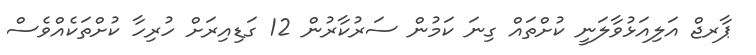
ޕާރޖް އަލިއަޅުވާލަނީ ކުށްތައް ގިނަ ކަމުން ސަރުކާރުން 12 ގަޑިއިރަށް ހުރިހާ ކުށްތަކެއްވެސް